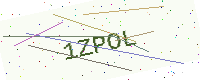
Text: 1ZPOL